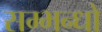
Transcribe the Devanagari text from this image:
सम्भन्धो